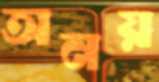
অনয়